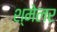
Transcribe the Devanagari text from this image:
श्मेलर